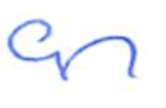
Text: an
Cross-out: clean
Writing tool: ballpoint